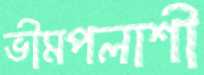
ভীমপলাশী